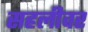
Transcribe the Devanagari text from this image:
सहलीवर